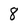
Character: 8